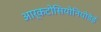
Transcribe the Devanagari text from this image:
आर्कटोसियोनियोडेई